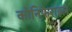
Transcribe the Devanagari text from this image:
कोनिफेराइल